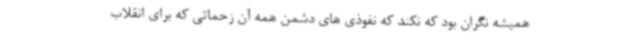
همیشه نگران بود که نکند که نفوذی های دشمن همه آن زحماتی که برای انقلاب